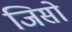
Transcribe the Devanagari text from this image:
जिसो